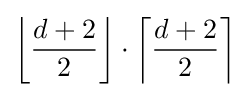
\left\lfloor {\frac {d+2}{2}}\right\rfloor \cdot \left\lceil {\frac {d+2}{2}}\right\rceil